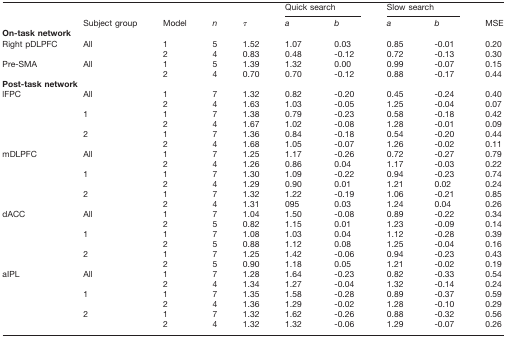
<table><thead><tr><td></td><td></td><td></td><td></td><td></td><td colspan="2"><b>Quick search</b></td><td colspan="2"><b>Slow search</b></td><td></td></tr><tr><td></td><td><b>Subject group</b></td><td><b>Model</b></td><td><b><i>n</i></b></td><td><b>τ</b></td><td><b><i>a</i></b></td><td><b><i>b</i></b></td><td><b><i>a</i></b></td><td><b><i>b</i></b></td><td><b>MSE</b></td></tr></thead><tbody><tr><td colspan="10"><b>On-task network</b></td></tr><tr><td rowspan="2">Right pDLPFC</td><td rowspan="2">All</td><td>1</td><td>5</td><td>1.52</td><td>1.07</td><td>0.03</td><td>0.85</td><td>-0.01</td><td>0.20</td></tr><tr><td>2</td><td>4</td><td>0.83</td><td>0.48</td><td>-0.12</td><td>0.72</td><td>-0.13</td><td>0.30</td></tr><tr><td rowspan="2">Pre-SMA</td><td rowspan="2">All</td><td>1</td><td>5</td><td>1.39</td><td>1.32</td><td>0.00</td><td>0.99</td><td>-0.07</td><td>0.15</td></tr><tr><td>2</td><td>4</td><td>0.70</td><td>0.70</td><td>-0.12</td><td>0.88</td><td>-0.17</td><td>0.44</td></tr><tr><td colspan="10"><b>Post-task network</b></td></tr><tr><td rowspan="6">lFPC</td><td rowspan="2">All</td><td>1</td><td>7</td><td>1.32</td><td>0.82</td><td>-0.20</td><td>0.45</td><td>-0.24</td><td>0.40</td></tr><tr><td>2</td><td>4</td><td>1.63</td><td>1.03</td><td>-0.05</td><td>1.25</td><td>-0.04</td><td>0.07</td></tr><tr><td rowspan="2">1</td><td>1</td><td>7</td><td>1.38</td><td>0.79</td><td>-0.23</td><td>0.58</td><td>-0.18</td><td>0.42</td></tr><tr><td>2</td><td>4</td><td>1.67</td><td>1.02</td><td>-0.08</td><td>1.28</td><td>-0.01</td><td>0.09</td></tr><tr><td rowspan="2">2</td><td>1</td><td>7</td><td>1.36</td><td>0.84</td><td>-0.18</td><td>0.54</td><td>-0.20</td><td>0.44</td></tr><tr><td>2</td><td>4</td><td>1.68</td><td>1.05</td><td>-0.07</td><td>1.26</td><td>-0.02</td><td>0.11</td></tr><tr><td rowspan="6">mDLPFC</td><td rowspan="2">All</td><td>1</td><td>7</td><td>1.25</td><td>1.17</td><td>-0.26</td><td>0.72</td><td>-0.27</td><td>0.79</td></tr><tr><td>2</td><td>4</td><td>1.26</td><td>0.86</td><td>0.04</td><td>1.17</td><td>-0.03</td><td>0.22</td></tr><tr><td rowspan="2">1</td><td>1</td><td>7</td><td>1.30</td><td>1.09</td><td>-0.22</td><td>0.94</td><td>-0.23</td><td>0.74</td></tr><tr><td>2</td><td>4</td><td>1.29</td><td>0.90</td><td>0.01</td><td>1.21</td><td>0.02</td><td>0.24</td></tr><tr><td rowspan="2">2</td><td>1</td><td>7</td><td>1.32</td><td>1.22</td><td>-0.19</td><td>1.06</td><td>-0.21</td><td>0.85</td></tr><tr><td>2</td><td>4</td><td>1.31</td><td>095</td><td>0.03</td><td>1.24</td><td>0.04</td><td>0.26</td></tr><tr><td rowspan="6">dACC</td><td rowspan="2">All</td><td>1</td><td>7</td><td>1.04</td><td>1.50</td><td>-0.08</td><td>0.89</td><td>-0.22</td><td>0.34</td></tr><tr><td>2</td><td>5</td><td>0.82</td><td>1.15</td><td>0.01</td><td>1.23</td><td>-0.09</td><td>0.14</td></tr><tr><td rowspan="2">1</td><td>1</td><td>7</td><td>1.08</td><td>1.03</td><td>0.04</td><td>1.12</td><td>-0.28</td><td>0.39</td></tr><tr><td>2</td><td>5</td><td>0.88</td><td>1.12</td><td>0.08</td><td>1.25</td><td>-0.04</td><td>0.16</td></tr><tr><td rowspan="2">2</td><td>1</td><td>7</td><td>1.25</td><td>1.42</td><td>-0.06</td><td>0.94</td><td>-0.23</td><td>0.43</td></tr><tr><td>2</td><td>5</td><td>0.90</td><td>1.18</td><td>0.05</td><td>1.21</td><td>-0.02</td><td>0.19</td></tr><tr><td rowspan="6">aIPL</td><td rowspan="2">All</td><td>1</td><td>7</td><td>1.28</td><td>1.64</td><td>-0.23</td><td>0.82</td><td>-0.33</td><td>0.54</td></tr><tr><td>2</td><td>4</td><td>1.34</td><td>1.27</td><td>-0.04</td><td>1.32</td><td>-0.14</td><td>0.24</td></tr><tr><td rowspan="2">1</td><td>1</td><td>7</td><td>1.35</td><td>1.58</td><td>-0.28</td><td>0.89</td><td>-0.37</td><td>0.59</td></tr><tr><td>2</td><td>4</td><td>1.36</td><td>1.29</td><td>-0.02</td><td>1.28</td><td>-0.10</td><td>0.29</td></tr><tr><td rowspan="2">2</td><td>1</td><td>7</td><td>1.32</td><td>1.62</td><td>-0.26</td><td>0.88</td><td>-0.32</td><td>0.56</td></tr><tr><td>2</td><td>4</td><td>1.32</td><td>1.32</td><td>-0.06</td><td>1.29</td><td>-0.07</td><td>0.26</td></tr></tbody></table>